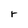
Character: r